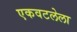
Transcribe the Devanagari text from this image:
एकवटलेला